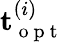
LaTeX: \mathbf{t}_{\mathrm{~o~p~t~}}^{(i)}